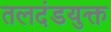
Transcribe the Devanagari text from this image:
तलदंडयुक्त